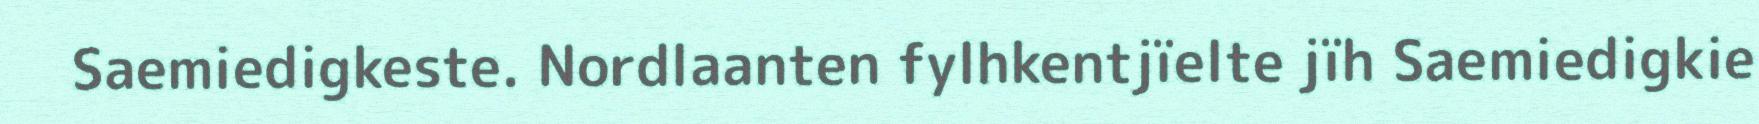
Saemiedigkeste. Nordlaanten fylhkentjïelte jïh Saemiedigkie